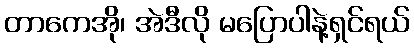
တာကေအို၊ အဲဒီလို မပြောပါနဲ့ရှင်ရယ်